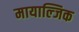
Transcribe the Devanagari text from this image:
मायाल्जिक